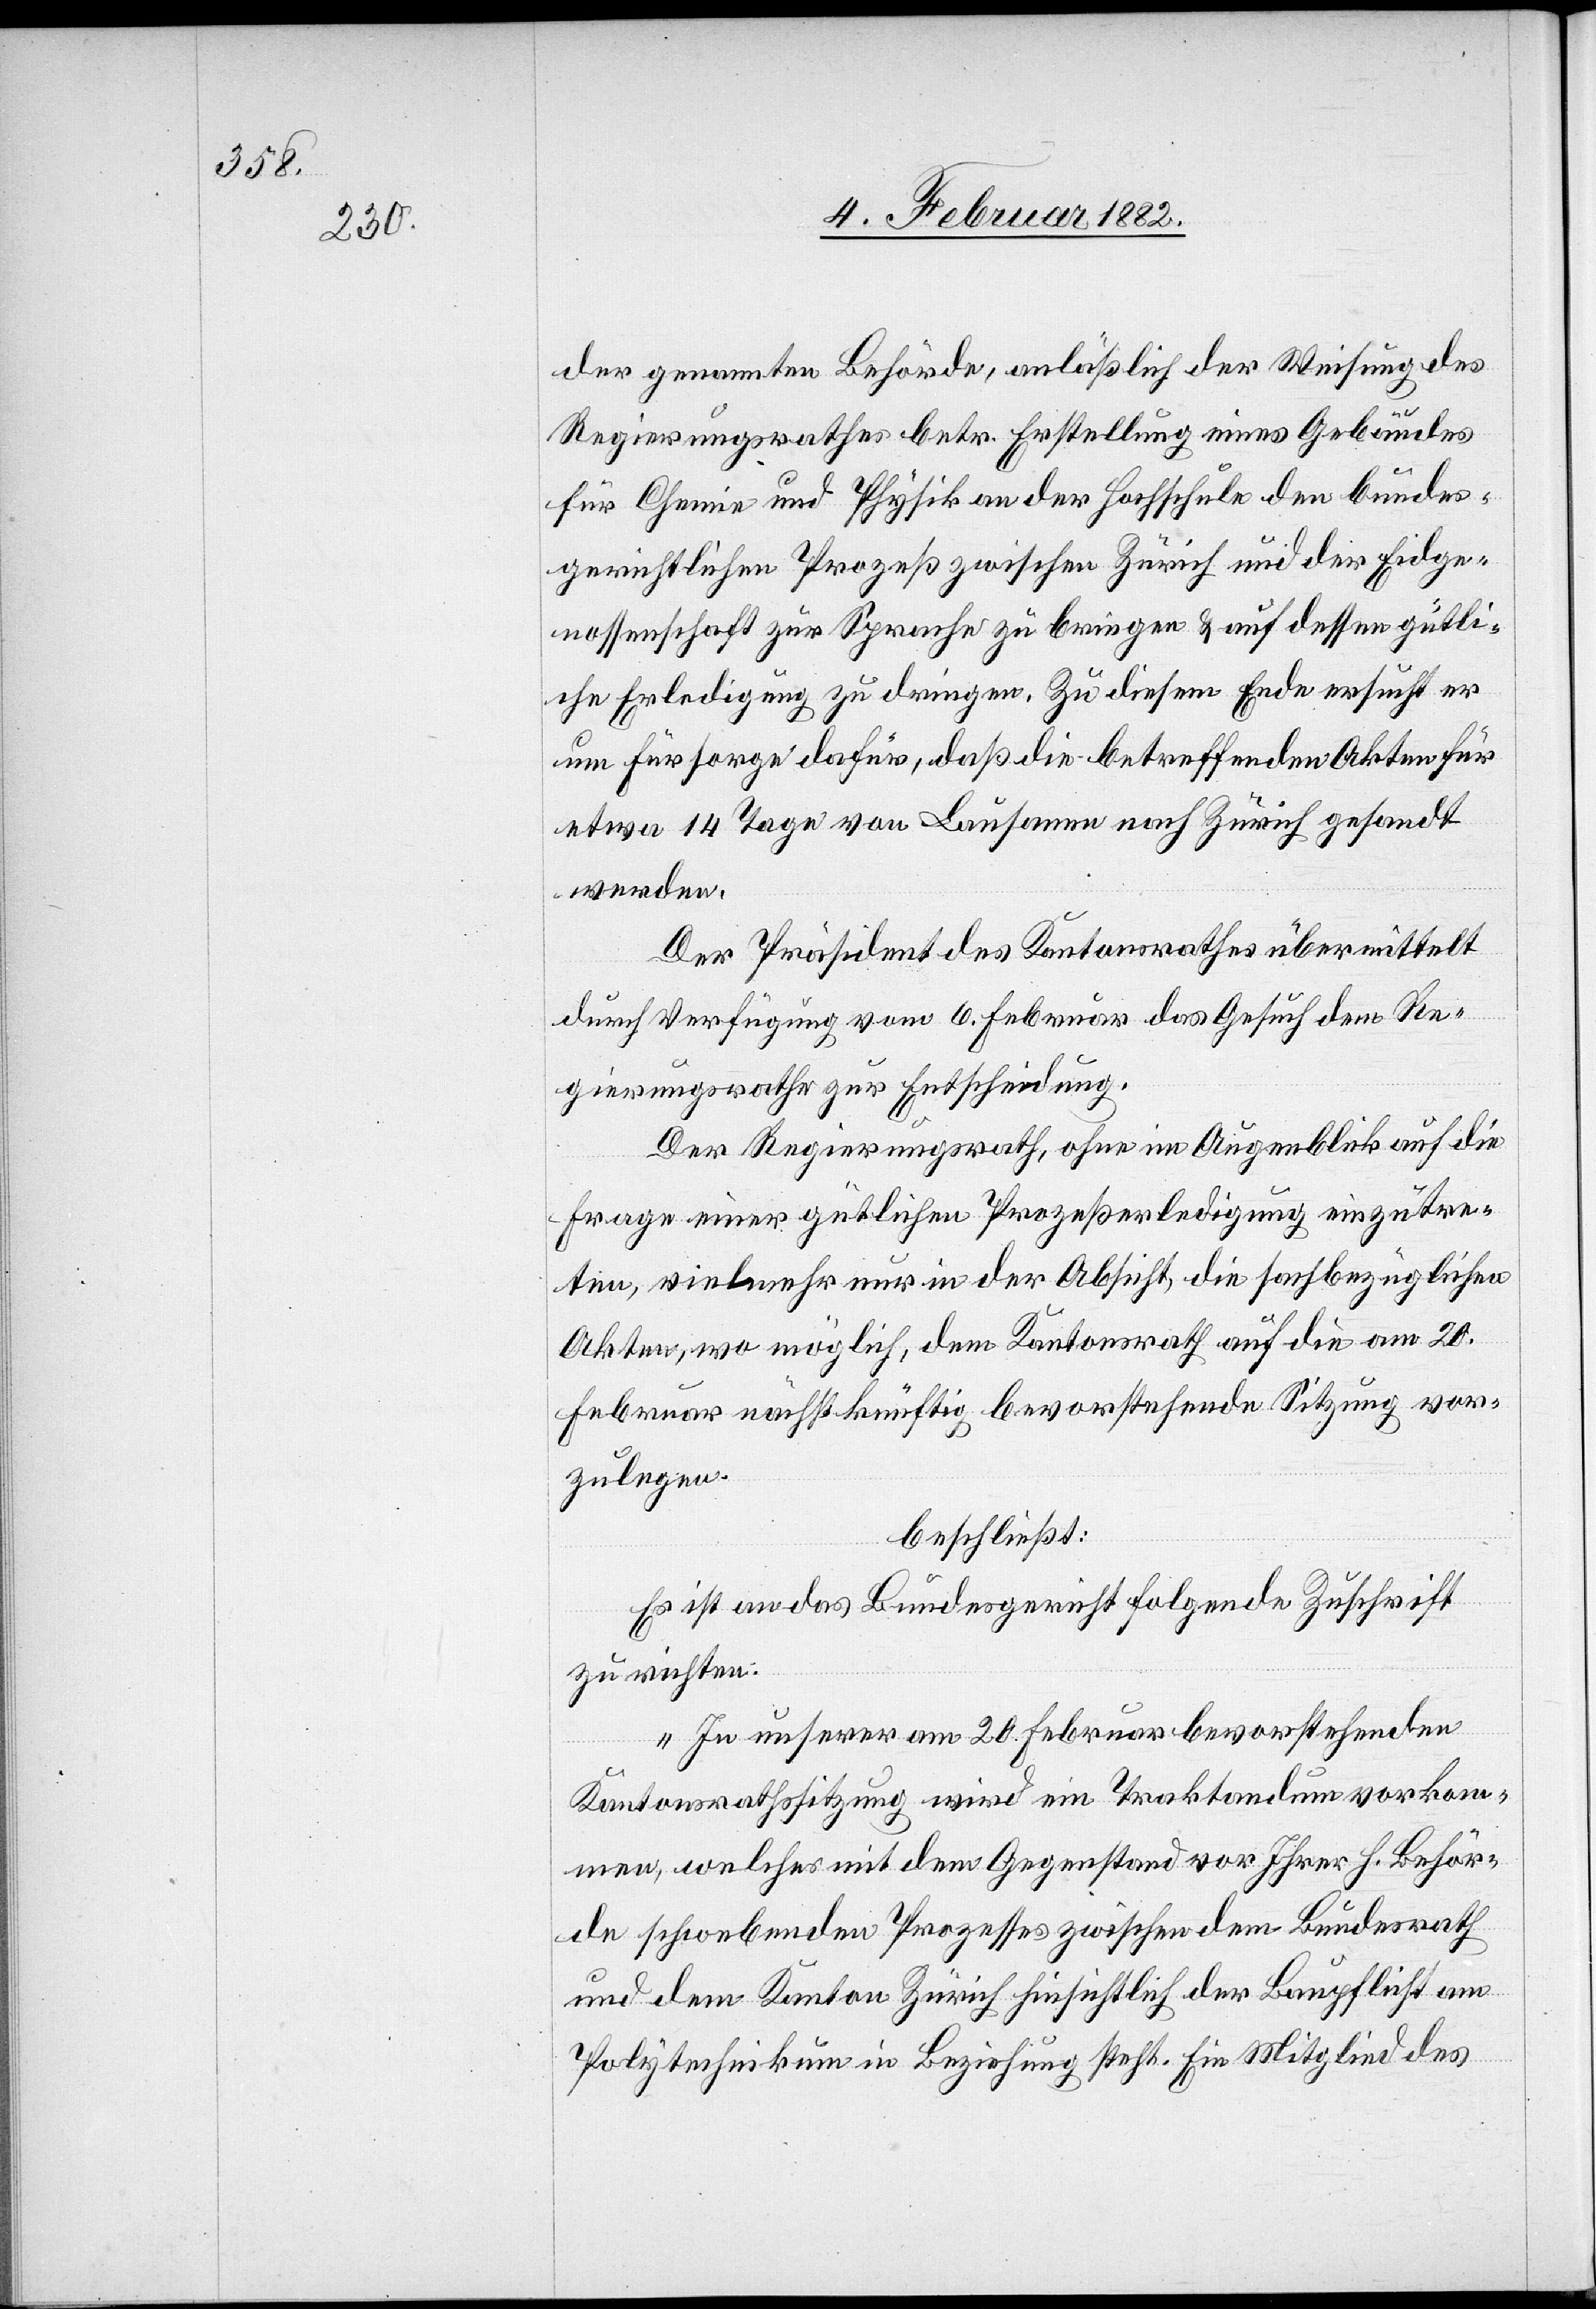
der genannten Behörde, anläßlich der Weisung des
Regierungsrathes betr. Erstellung eines Gebäudes
für Chemie und Physik an der Hochschule den bundes¬
gerichtlichen Prozeß zwischen Zürich und der Eidge¬
nossenschaft zur Sprache zu bringen & auf dessen gütli¬
che Erledigung zu dringen. Zu diesem Ende ersucht er
um Fürsorge dafür, daß die betreffenden Akten für
etwa 14 Tagen von Lausanne nach Zürich gesandt
werden.
Der Präsident des Kantonsrathes übermittelt
durch Verfügung vom 6. Februar das Gesuch dem Re¬
gierungsrathe zur Entscheidung.
Der Regierungsrath, ohne im Augenblick auf die
Frage einer güthlichen Prozeßerledigung einzutre¬
ten, vielmehr nur in der Absicht, die sachbezüglichen
Akten, wo möglich, dem Kantonsrath auf die am 20.
Februar nächstkünftig bevorstehende Sitzung vor¬
zulegen.
beschließt:
Es ist an das Bundesgericht folgende Zuschrift
zu richten:
„In unserer am 20. Februar bevorstehenden
Kantonsrathssitzung wird ein Traktandum vorkom¬
men, welches mit dem Gegenstand vor Ihrer h. Behör¬
de schwebenden Prozesses zwischen dem Bundesrath
und dem Kanton Zürich hinsichtlich der Baupflicht am
Polytechnikum in Beziehung steht. Ein Mitglied des